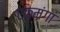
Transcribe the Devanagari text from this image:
एकमंगा